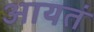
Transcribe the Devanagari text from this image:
आयतं